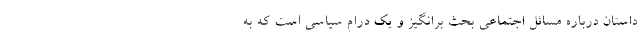
داستان درباره مسائل اجتماعی بحث‌ برانگیز و یک درام سیاسی است که به